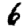
Digit: 6